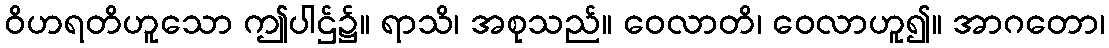
ဝိဟရတိဟူသော ဤပါဌ်၌။ ရာသိ၊ အစုသည်။ ဝေလာတိ၊ ဝေလာဟူ၍။ အာဂတော၊